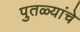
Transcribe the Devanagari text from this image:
पुतळ्यांचे